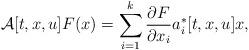
LaTeX: \begin{align*}\mathcal{A}[t,x,u ]F(x) =\sum_{i=1}^{k}\frac{\partial F}{\partial x_i} a_i^*[t,x,u]x ,\end{align*}